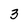
Character: 3